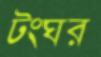
টংঘর